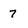
Character: 7